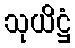
သုယိဋ္ဌံ